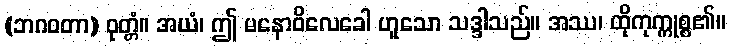
(ဘဂဝတာ) ဝုတ္တံ။ အယံ၊ ဤ မနောဝိလေခေါ ဟူသော သဒ္ဒါသည်။ အဿ၊ ထိုကုက္ကုစ္စ၏။